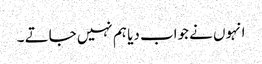
انہوں نے جواب دیا ہم نہیں جاتے ۔